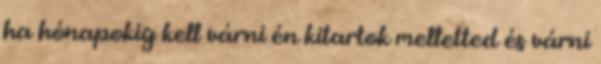
ha hónapokig kell várni én kitartok melletted és várni